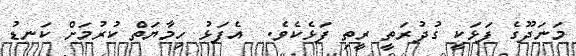
މަނަދޫގެ ފަޅަކީ ގުދުރަތީ ރީތި ފަޅެކެވެ.  އެފަޅު ހިމާޔަތް ކުރުމަށް ކަނޑު